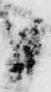
候